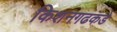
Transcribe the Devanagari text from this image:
किशनगढकडे